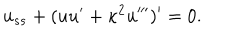
u _ { s s } + ( u u ^ { \prime } + \kappa ^ { 2 } u ^ { \prime \prime \prime } ) ^ { \prime } = 0 .